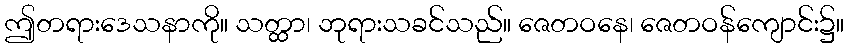
ဤတရားဒေသနာကို။ သတ္ထာ၊ ဘုရားသခင်သည်။ ဇေတဝနေ၊ ဇေတဝန်ကျောင်း၌။